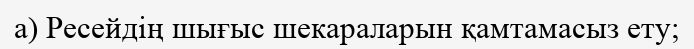
а) Ресейдің шығыс шекараларын қамтамасыз ету;